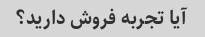
آیا تجربه فروش دارید؟